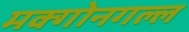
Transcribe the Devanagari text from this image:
मक्गोनगल्ल